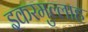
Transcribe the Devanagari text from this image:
इकरमुल्लाह